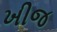
ખીજ